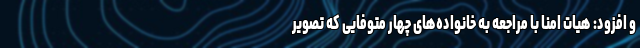
و افزود: هیات امنا با مراجعه به خانواده‌های چهار متوفایی که تصویر